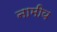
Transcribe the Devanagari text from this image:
नामीय